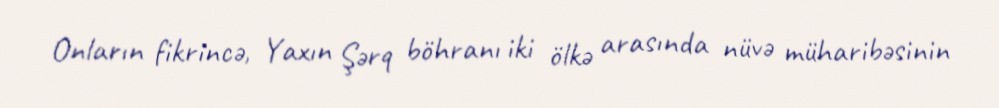
Onların fikrincə, Yaxın Şərq böhranı iki ölkə arasında nüvə müharibəsinin